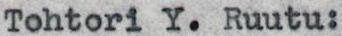
Tohtori Y. Ruutu: